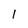
Character: l